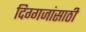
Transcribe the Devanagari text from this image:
दिग्गजांसाठी